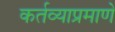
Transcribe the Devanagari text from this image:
कर्तव्याप्रमाणे